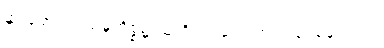
နွားရောင်းဝယ်မှုကိစ္စ၌ သူ့ကိုပင် ဆရာတင်ကြရချေသည်။